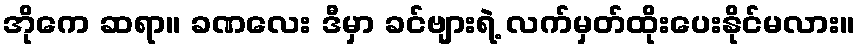
အိုကေ ဆရာ။ ခဏလေး ဒီမှာ ခင်ဗျားရဲ့ လက်မှတ်ထိုးပေးနိုင်မလား။